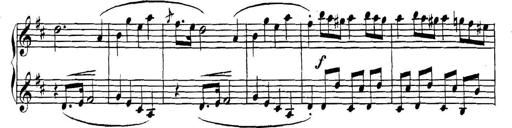
Title: Collected Piano Sonatas
Composer: Muzio Clementi